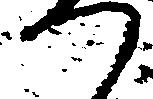
つ